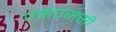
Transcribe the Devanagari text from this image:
एस्‌एस्‌सी